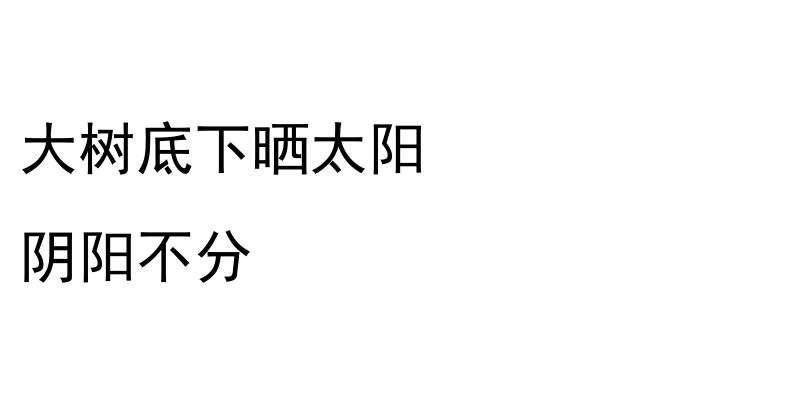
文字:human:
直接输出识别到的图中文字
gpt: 大树底下晒太阳 阴阳不分